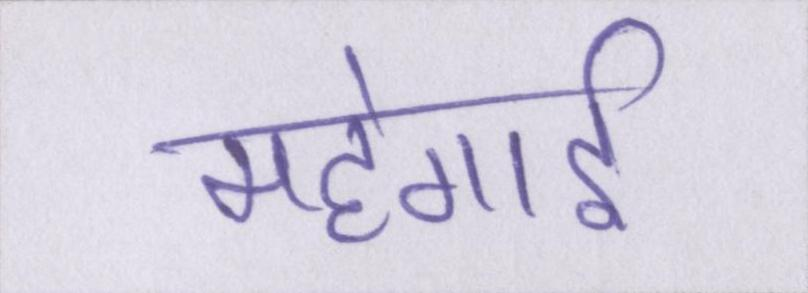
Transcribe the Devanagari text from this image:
महंगार्इ